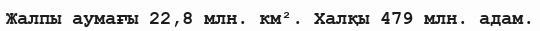
Жалпы аумағы 22,8 млн. км². Халқы 479 млн. адам.